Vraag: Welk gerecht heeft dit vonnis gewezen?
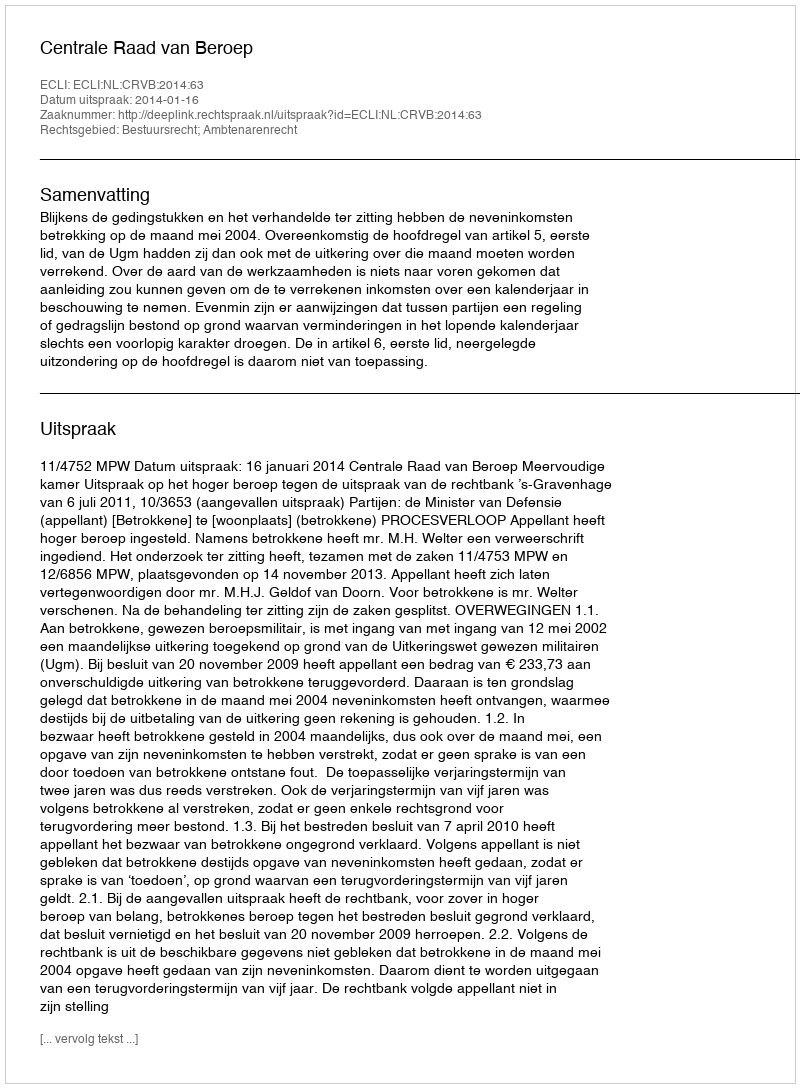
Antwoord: Centrale Raad van Beroep